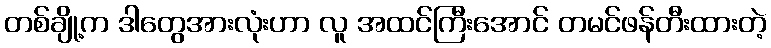
တစ်ချို့က ဒါတွေအားလုံးဟာ လူ အထင်ကြီးအောင် တမင်ဖန်တီးထားတဲ့